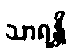
သာရန္တိ